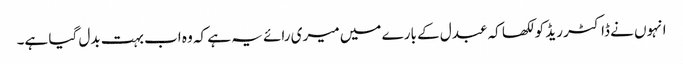
انہوں نے ڈاکٹر ریڈ کو لکھا کہ عبدل کے بارے میں میری رائے یہ ہے کہ وہ اب بہت بدل گیا ہے۔